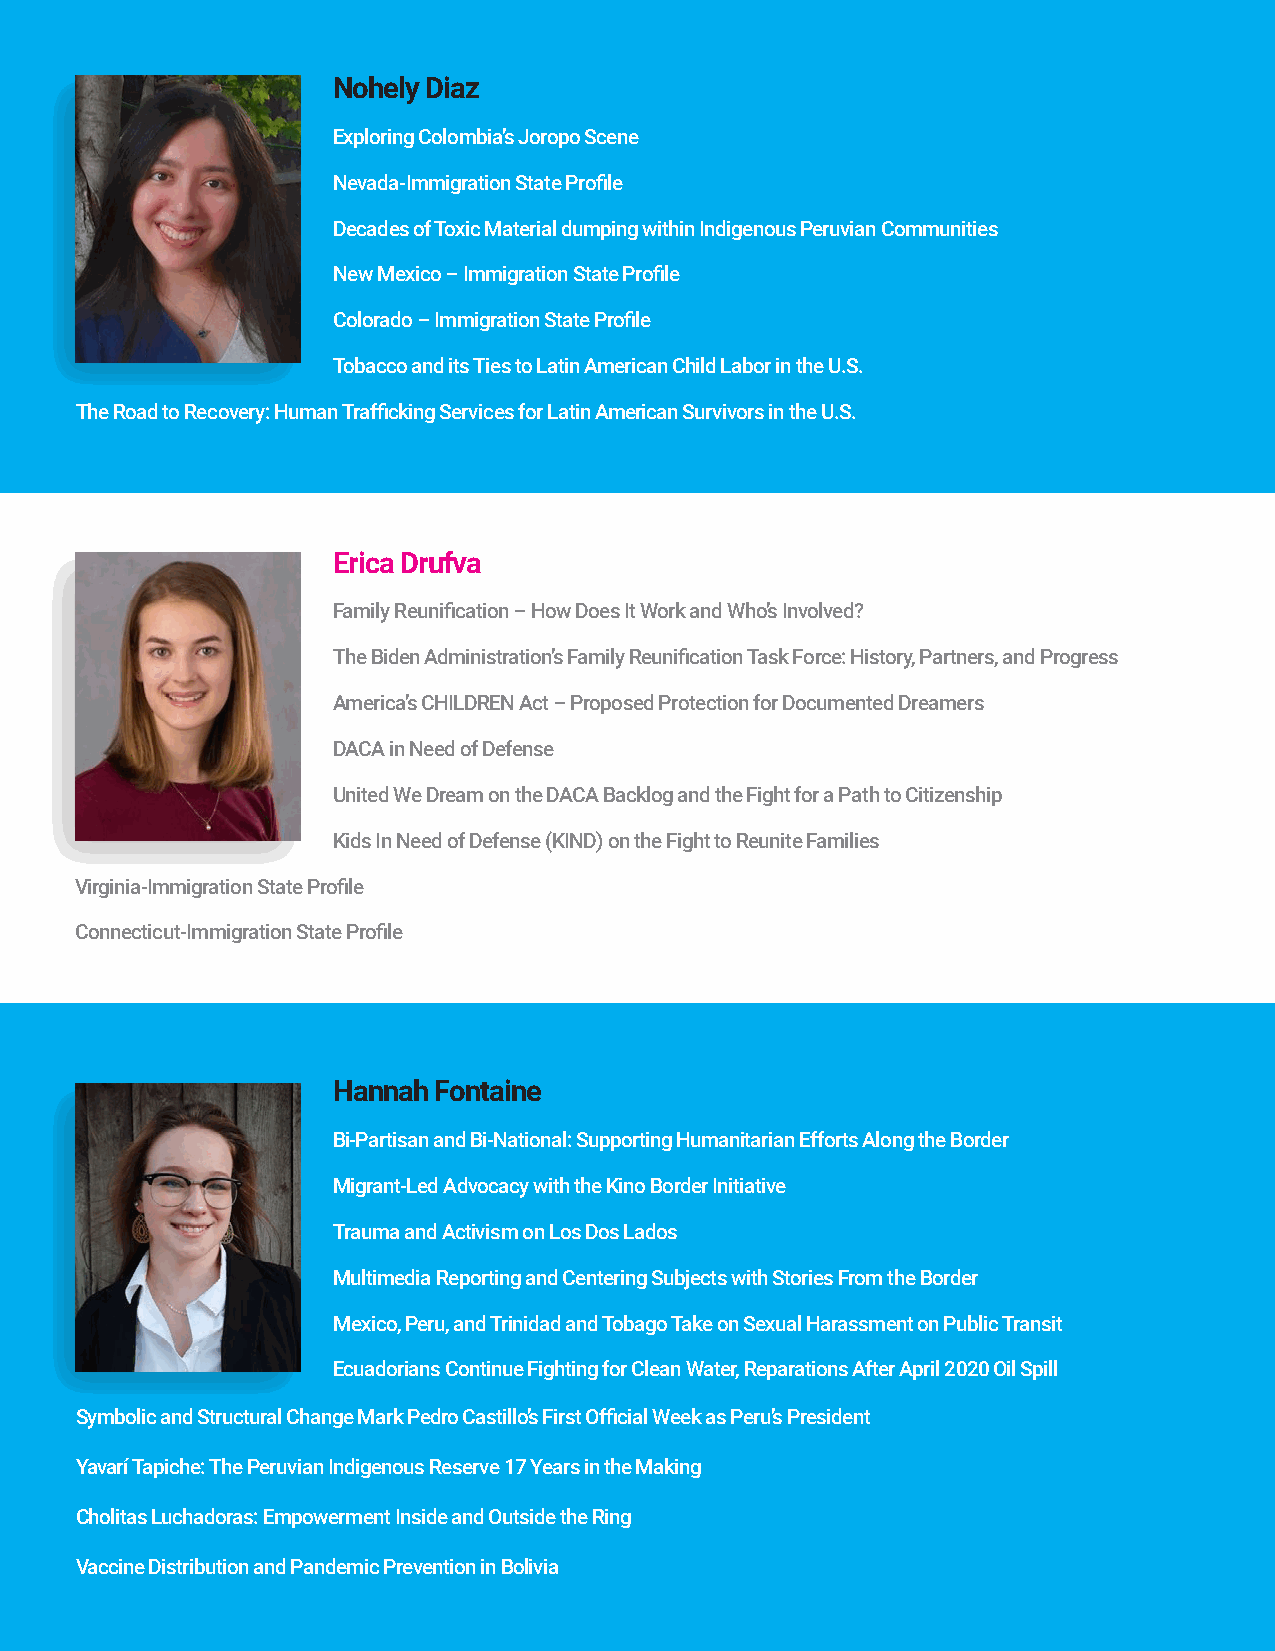
Nohely Diaz
 Exploring Colombia’s Joropo Scene
 Nevada-Immigration State Profile
 Decades of Toxic Material dumping within Indigenous Peruvian Communities
 New Mexico – Immigration State Profile
 Colorado – Immigration State Profile
 Tobacco and its Ties to Latin American Child Labor in the U.S.
 The Road to Recovery: Human Trafficking Services for Latin American Survivors in the U.S.
 Erica Drufva
 Family Reunification – How Does It Work and Who’s Involved?
 The Biden Administration’s Family Reunification Task Force: History, Partners, and Progress
 America’s CHILDREN Act – Proposed Protection for Documented Dreamers
 DACA in Need of Defense
 United We Dream on the DACA Backlog and the Fight for a Path to Citizenship
 Kids In Need of Defense (KIND) on the Fight to Reunite Families
 Virginia-Immigration State Profile
 Connecticut-Immigration State Profile
 Hannah Fontaine
 Bi-Partisan and Bi-National: Supporting Humanitarian Efforts Along the Border
 Migrant-Led Advocacy with the Kino Border Initiative
 Trauma and Activism on Los Dos Lados
 Multimedia Reporting and Centering Subjects with Stories From the Border
 Mexico, Peru, and Trinidad and Tobago Take on Sexual Harassment on Public Transit
 Ecuadorians Continue Fighting for Clean Water, Reparations After April 2020 Oil Spill
 Symbolic and Structural Change Mark Pedro Castillo’s First Official Week as Peru’s President
 Yavarí Tapiche: The Peruvian Indigenous Reserve 17 Years in the Making
 Cholitas Luchadoras: Empowerment Inside and Outside the Ring
 Vaccine Distribution and Pandemic Prevention in Bolivia